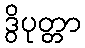
ဒွိပုတ္တာ